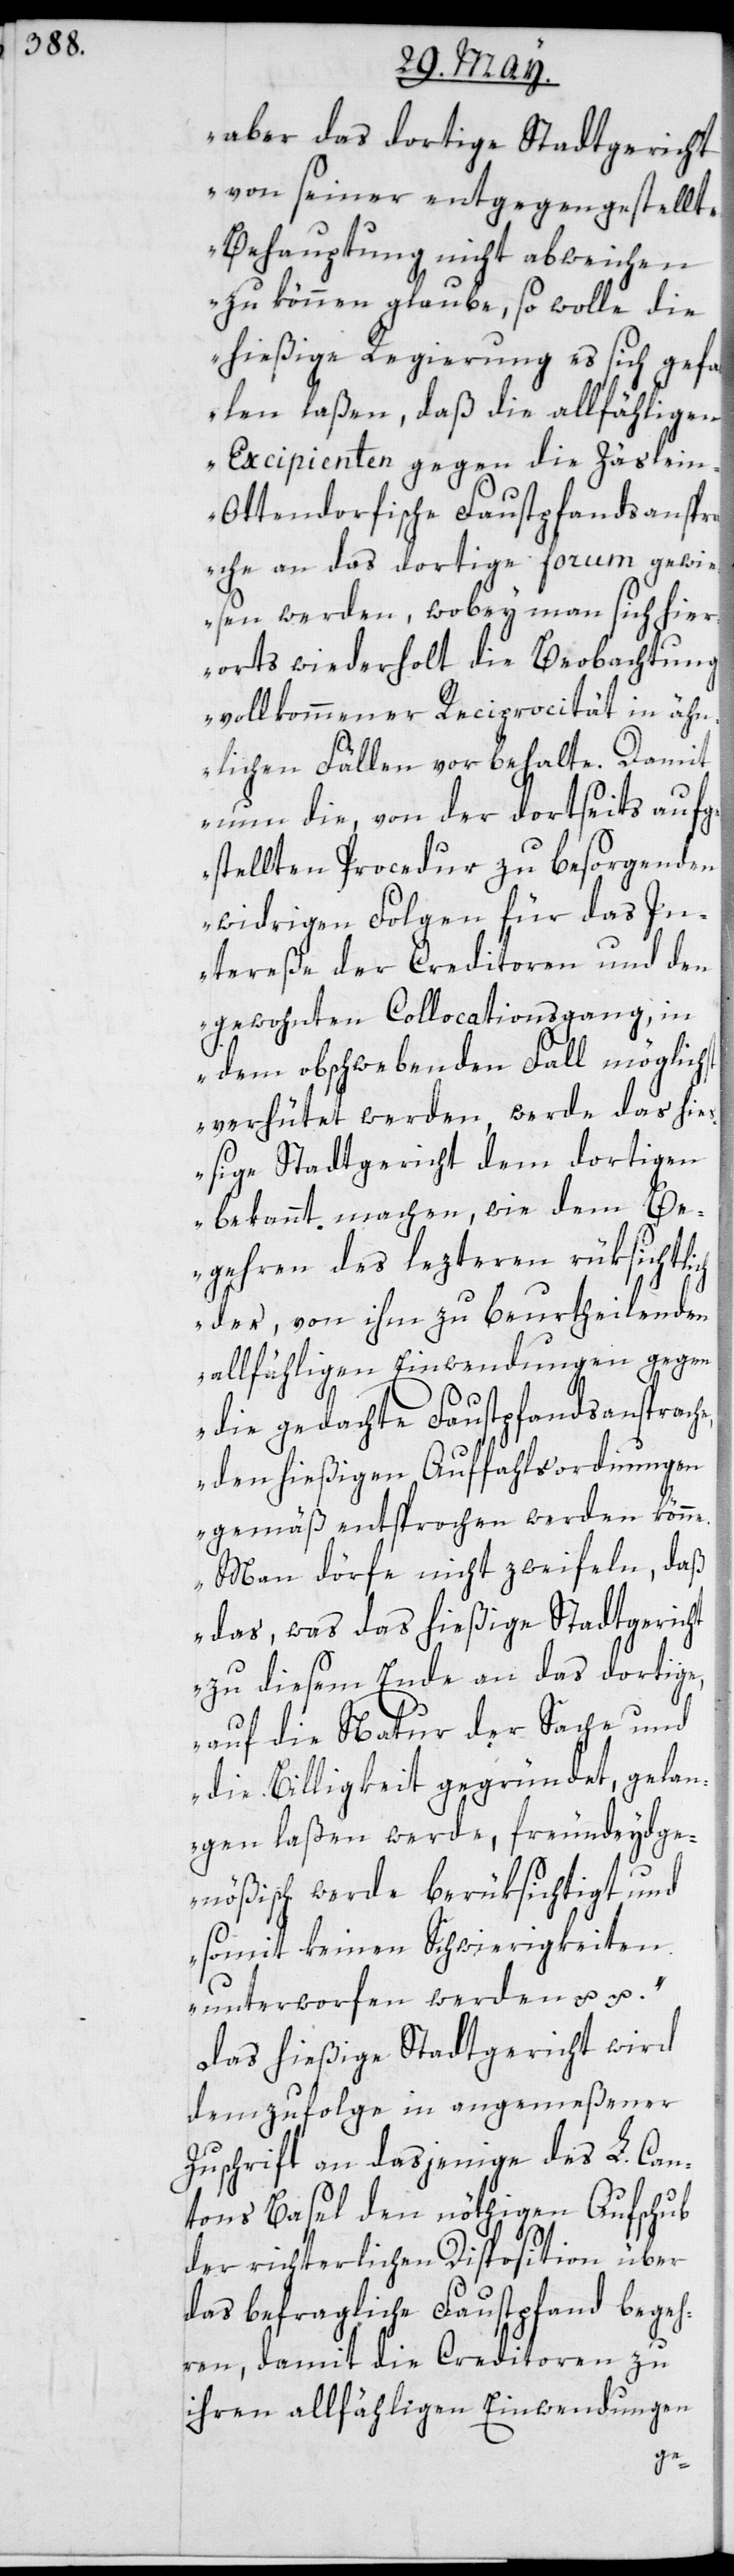
aber das dortige Stadtgericht
von seiner entgegengestellte
Behauptung nicht abweichen
zu können glaube, so wolle die
hießige Regierung es sich gefa¬
llen laßen, daß die allfähligen
Excipienten gegen die Zäslei¬
n-Ottendorfische Faustpfandanspr¬
ache an das dortige Forum gewi¬
esen werden, wobey man sich hier¬
orts wiederholt die Beobachtung
vollkommener Reciprocität in ähn¬
lichen Fällen vorbehalte. Damit
nun die, von der dortseits aufge¬
stellten Procedur zu besorgenden
widrigen Folgen für das In¬
tereße der Creditoren und den
gewohnten Collocationsgang, in
dem obschwebenden Fall möglich¬
verhütet werden, werde das hie¬
ßige Stadtgericht dem dortigen
bekannt machen, wie dem Be¬
gehren des lezteren rüksichtlich
der, von ihm zu beurtheilenden
allfähligen Einwendungen gegen
die gedachte Faustpfandsansprach¬
den hießigen Auffahlsordnungen
gemäß entsprochen werden könne.
Man dörfe nicht zweifeln, daß
das, was das hießige Stadtgericht
zu diesem Ende an das dortige,
auf die Natur der Sache und
die Billigkeit gegründet, gelan¬
gen laßen werde, freundeydge¬
nößisch werde berüksichtigt, und
somit keinen Schwierigkeiten
unterworfen werden u. u.“
Das hießige Stadtgericht wird
demzufolge in angemeßener
Zuschrift an dasjenige des L. Can¬
tons Basel den nöthigen Aufschub
der richterlichen Disposition über
das befragliche Faustpfand begeh¬
ren, damit die Creditoren zu
ihren allfähligen Einwendungen
e,